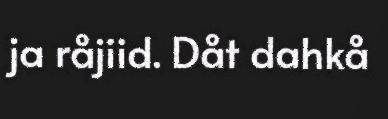
ja råjiid. Dåt dahkå